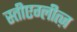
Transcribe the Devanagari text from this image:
स्तीएग्लीत्ज़